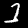
Digit: 1